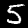
Label: 5